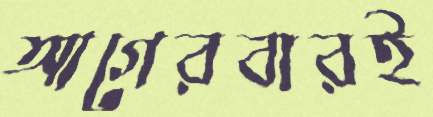
আগেরবারই